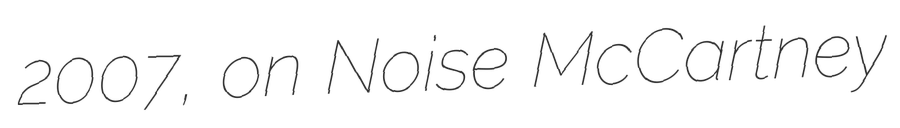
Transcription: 2007, on Noise McCartney